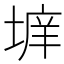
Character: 𱗗